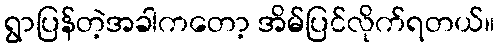
ရွာပြန်တဲ့အခါကတော့ အိမ်ပြင်လိုက်ရတယ်။